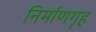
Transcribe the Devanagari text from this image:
निर्माणगृह